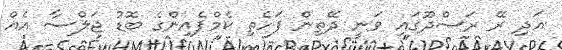
އަދި ރޭ ރަސްދޫގައި ވަނީ ދޭތިން ފަހެތި ކެމްޕެއިންގެ ބޮޑު ޖަލްސާ އެއް